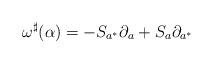
LaTeX: \begin{align*} \omega^{\sharp}(\alpha) = -S_{a^{*}}\partial_{a} + S_{a}\partial_{a^{*}}\end{align*}